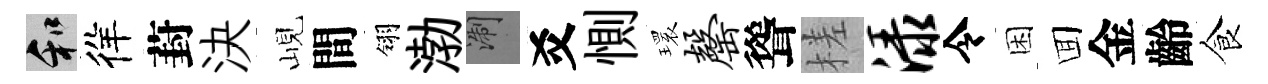
和徉葑決峴間翎渤浙爻惻𤨔罄聳槎渌令困囬金齡食